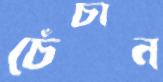
চেঁচান